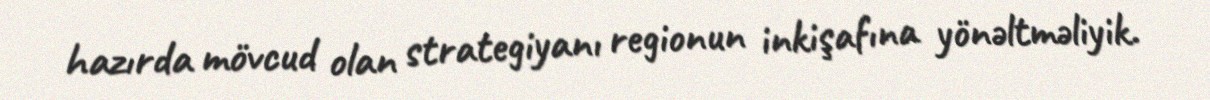
hazırda mövcud olan strategiyanı regionun inkişafına yönəltməliyik.